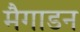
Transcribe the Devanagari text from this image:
मैगाडन